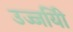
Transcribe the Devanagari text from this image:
उज्जयिी